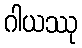
ဂါယဿု